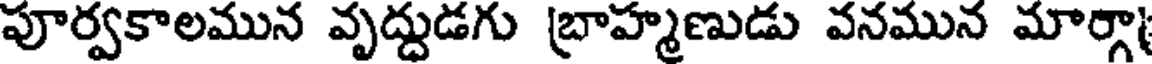
పూర్వకాలమున వృద్దుడగు బ్రాహ్మణుడు వనమున మార్గా